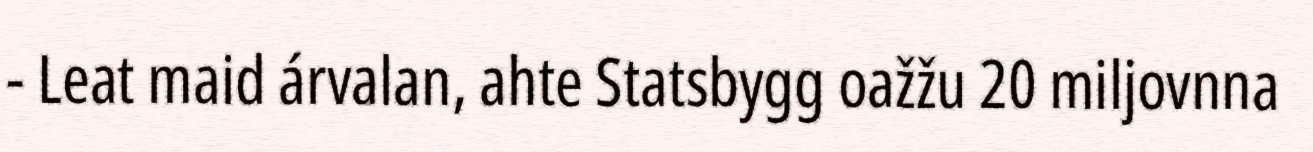
- Leat maid árvalan, ahte Statsbygg oažžu 20 miljovnna